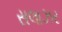
સલાઝર